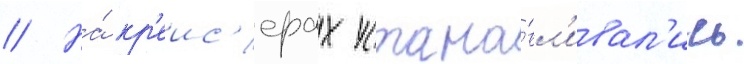
// На́ кр'еис'ерах устана́вл'ивал'ись